Annual statistical returns and brief notes on vaccination in Bengal - 1887-1898
Year: 1887
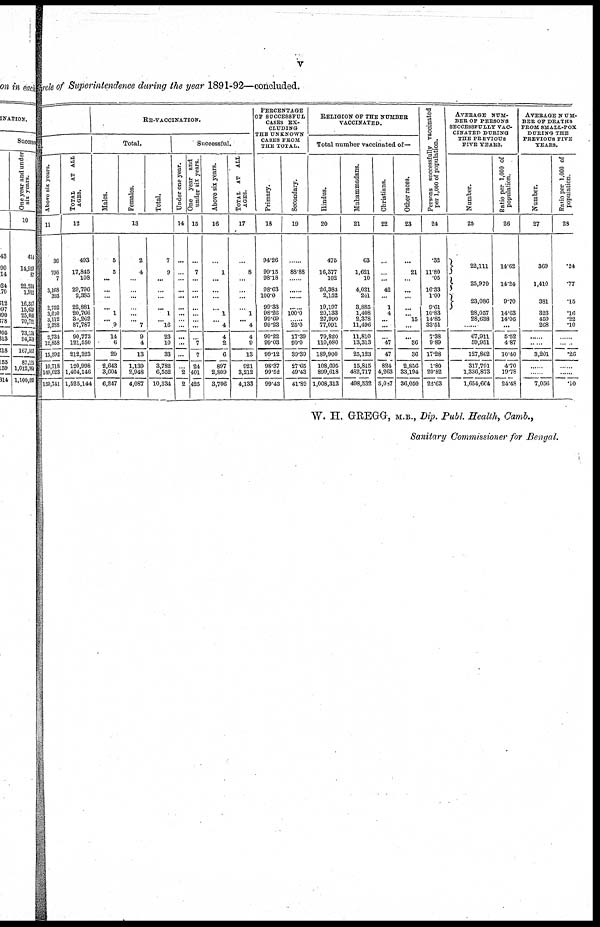
v
Circle of Superintendence during the year 1891-92—concluded.
ful
Above six years.
11
36
796
7
3,168
308
2,752
3,000
3,112
2,388
2,734
12,853
15,592
10,718
140,023
150,741
TOTAL
AT ALL
AGES.
12
493
17,845
108
29,796
2,385
22,881
20,766
30,202
87,787
90,773
121,550
212,323
120,998
1,404,146
1,525,144
RE-VACCINATION.
Total.
Males.
Females.
Total.
13
5
5
...
...
...
...
1
... 9
14
6
20
2,643
3,604
6,247
2
4
...
...
...
...
...
... 7
9
4
13
1,139
2,948
4,087
7
9
...
...
...
...
1
... 16
23
10
33
3,782
6,552
10,334
Successful.
Under one year.
14
...
...
...
...
...
...
...
...
...
...
...
...
...
2
2
One year and
under six years.
15
...
7
...
...
...
...
...
...
...
...
7
7
24
401
425
Above six years.
16
...
1
...
...
...
...
1
... 4
4
2
6
897
2,809
3,706
TOTAL AT
ALL
AGES.
17
...
8
...
...
...
...
1
... 4
4
9
13
921
3,212
4,133
PERCENTAGE
OF SUCCESSFUL
CASES EX-
CLUDING
THE UNKNOWN
CASES FROM
THE TOTAL.
Primary.
18
94.26
99.15
98.18
98.63
100.0
99.33
98.26
99.69
99.23
99.22
99.03
99.12
98.37
99.52
99.43
Secondary.
19
......
88.88
......
......
......
......
100.0
...... 25.0
17.39
90.0
39.39
27.65
49.43
41.89
RELIGION OF THE NUMBER
VACCINATED.
Total number vaccinated of—
Hindus.
20
475
16,377
102
26,383
2,152
19,197
20,133
27,990
77,091
79,820
110,080
189,900
108,695
899,618
1,008,313
Muhammadans.
21
63
1,621
10
4,021
241
3,885
1,408
2,378
11,496
11,810
13,313
25,123
15,815
482,717
498,532
Christians.
22
...
...
...
42
...
1
4
...
...
...
47
47
824
4,263
5,007
Other races.
23
...
21
...
...
...
...
... 15
...
...
36
36
2,856
33,194
36,050
Persons successfully vaccinated
per 1,000 of population.
24
.32
11.80
.05
16.33
1.00
9.61
10.83
14.85
33.51
7.38
9.89
17.28
1.80
20.82
22.63
AVERAGE NUM-
BER OF PERSONS
SECCESSFULLY VAC-
CINATED DURING
THE PREVIOUS
FIVE YEARS.
Number.
25
22,111
25,970
23,086
28,057
28,638
......
67,911
59,951
127,862
317,791
1,336,873
1,654,664
Ratio per 1,000 of
population.
26
14.62
14.24
9.70
14.63
14.06
...
5.52
4.87
10.40
4.70
19.78
24.48
AVERAGE NUM-
--- OF DEATHS
FROM SMALL-POX
DURING THE
PREVIOUS FIVE
YEARS.
Number.
27
369
1,410
381
323
450
268
......
......
3,201
......
......
7,056
Ratio per 1,000 of
population.
23
.24
.77
.15
.16
.22
.10
......
......
.26
......
......
.10
W. H. GREGG, M.B., Dip. Publ. Health, Camb.,
Sanitary Commissioner for Bengal.